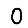
Digit: 0